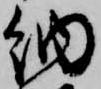
納